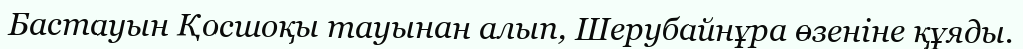
Бастауын Қосшоқы тауынан алып, Шерубайнұра өзеніне құяды.